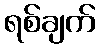
ရစ်ချက်